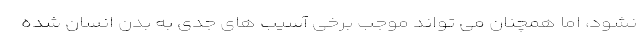
نشود، اما همچنان می تواند موجب برخی آسیب های جدی به بدن انسان شده